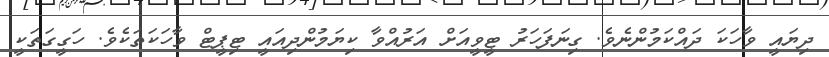
ދިޔައީ ވާހަކަ ދައްކަމުންނެވެ. ގިނަފަހަރު ޓީވީއަށް އަރުއްވާ ކިޔަމުންދިއައީ ޓިޕީޓް ވާހަކަތަކެވެ. ހަގީގަތަކީ